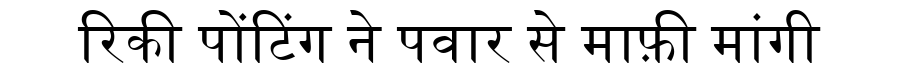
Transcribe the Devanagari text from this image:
रिकी पोंटिंग ने पवार से माफ़ी मांगी